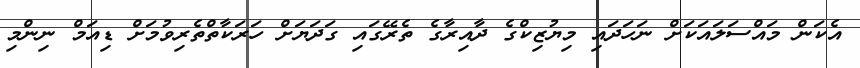
އެކަން މައްސަލައަކަށް ނަހަދައި މިޔުޒިކްގެ ދާއިރާގެ ތެރޭގައި ގަދަޔަށް ހަރަކާތްތެރިވުމަށް ޑިއަމް ނިންމި